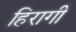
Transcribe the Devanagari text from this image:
हिरागी